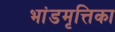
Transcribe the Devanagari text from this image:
भांडमृत्तिका